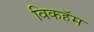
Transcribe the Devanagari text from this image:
विकहॅम